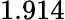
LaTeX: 1.914